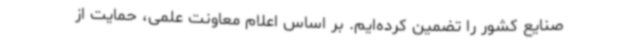
صنایع کشور را تضمین کرده‌ایم. بر اساس اعلام معاونت علمی، حمایت از